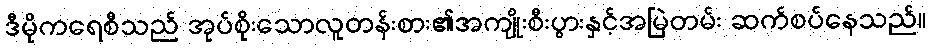
ဒီမိုကရေစီသည် အုပ်စိုးသောလူတန်းစား၏အကျိုးစီးပွားနှင့်အမြဲတမ်း ဆက်စပ်နေသည်။